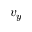
v _ { y }